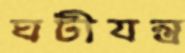
ঘটীযন্ত্র